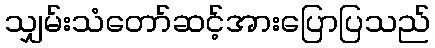
သျှမ်းသံတော်ဆင့်အားပြောပြသည်